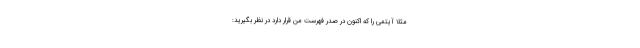
مثلاً آیتمی را که اکنون در صدر فهرست من قرار دارد در نظر بگیرید: